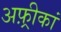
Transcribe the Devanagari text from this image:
अफ़्रीकां